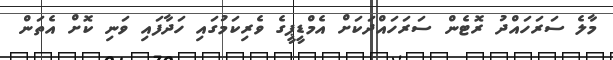
މާލެ ސަރަހައްދު ރޮޓެން ސަރަހައްދަކަށް އެމްޑީޕީގެ ވެރިކަމުގައި ހަދާފައި ވަނި ކޮށް އެތަން